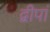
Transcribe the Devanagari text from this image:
द्वीपां